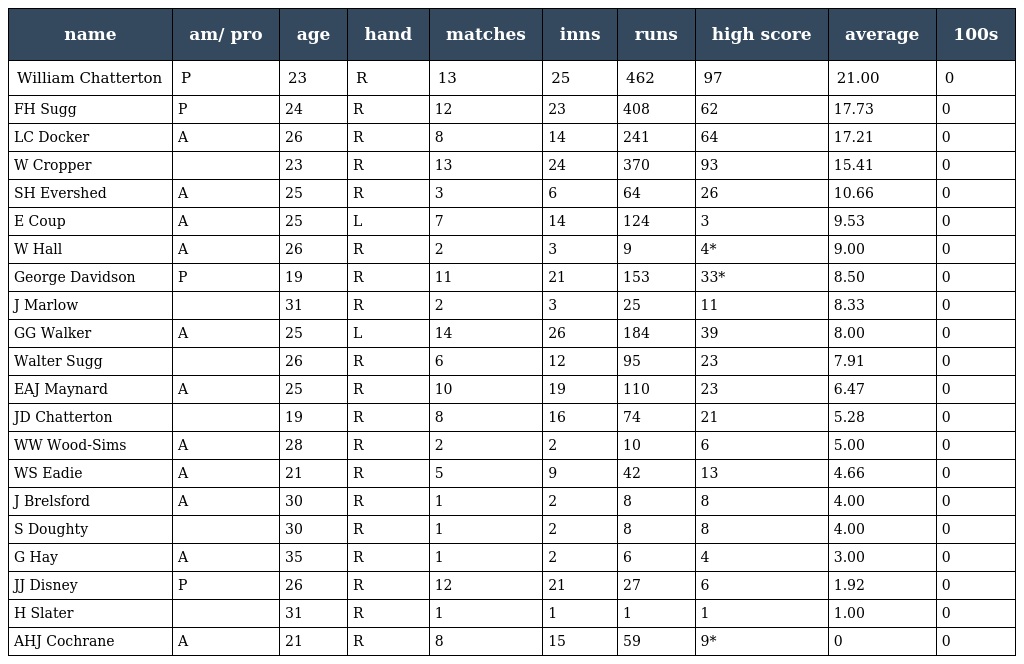
| name | am/ pro | age | hand | matches | inns | runs | high score | average | 100s |
 | --- | --- | --- | --- | --- | --- | --- | --- | --- | --- |
 | William Chatterton | P | 23 | R | 13 | 25 | 462 | 97 | 21.00 | 0 |
 | FH Sugg | P | 24 | R | 12 | 23 | 408 | 62 | 17.73 | 0 |
 | LC Docker | A | 26 | R | 8 | 14 | 241 | 64 | 17.21 | 0 |
 | W Cropper |  | 23 | R | 13 | 24 | 370 | 93 | 15.41 | 0 |
 | SH Evershed | A | 25 | R | 3 | 6 | 64 | 26 | 10.66 | 0 |
 | E Coup | A | 25 | L | 7 | 14 | 124 | 3 | 9.53 | 0 |
 | W Hall | A | 26 | R | 2 | 3 | 9 | 4* | 9.00 | 0 |
 | George Davidson | P | 19 | R | 11 | 21 | 153 | 33* | 8.50 | 0 |
 | J Marlow |  | 31 | R | 2 | 3 | 25 | 11 | 8.33 | 0 |
 | GG Walker | A | 25 | L | 14 | 26 | 184 | 39 | 8.00 | 0 |
 | Walter Sugg |  | 26 | R | 6 | 12 | 95 | 23 | 7.91 | 0 |
 | EAJ Maynard | A | 25 | R | 10 | 19 | 110 | 23 | 6.47 | 0 |
 | JD Chatterton |  | 19 | R | 8 | 16 | 74 | 21 | 5.28 | 0 |
 | WW Wood-Sims | A | 28 | R | 2 | 2 | 10 | 6 | 5.00 | 0 |
 | WS Eadie | A | 21 | R | 5 | 9 | 42 | 13 | 4.66 | 0 |
 | J Brelsford | A | 30 | R | 1 | 2 | 8 | 8 | 4.00 | 0 |
 | S Doughty |  | 30 | R | 1 | 2 | 8 | 8 | 4.00 | 0 |
 | G Hay | A | 35 | R | 1 | 2 | 6 | 4 | 3.00 | 0 |
 | JJ Disney | P | 26 | R | 12 | 21 | 27 | 6 | 1.92 | 0 |
 | H Slater |  | 31 | R | 1 | 1 | 1 | 1 | 1.00 | 0 |
 | AHJ Cochrane | A | 21 | R | 8 | 15 | 59 | 9* | 0 | 0 |